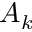
A _ { k }